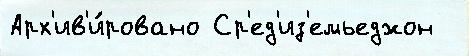
Арх'ив'и́ровано Ср'ед'из'емьеджон